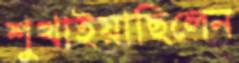
শুখাইয়াছিলেন